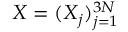
\ensuremath { \boldsymbol { X } } = ( X _ { j } ) _ { j = 1 } ^ { 3 N }